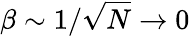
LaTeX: \beta\sim 1/\sqrt{N}\to 0